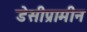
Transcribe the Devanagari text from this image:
डेसीप्रामीन